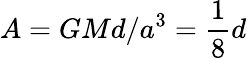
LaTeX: A=GMd/a^{3}=\frac{1}{8}d